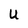
Character: U